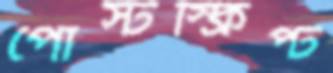
পোস্টস্ক্রিপ্ট